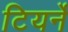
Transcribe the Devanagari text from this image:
टियर्ने